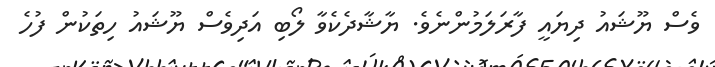
ވެސް ޔޫޝައު ދިޔައީ ފާރަލަމުންނެވެ. ޔާޝާދެކެވާ ލޯބި އަދިވެސް ޔޫޝައު ހިތަކުން ފުހެ